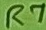
Text: R7